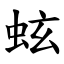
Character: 蚿